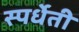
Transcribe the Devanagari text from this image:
स्पर्धेती